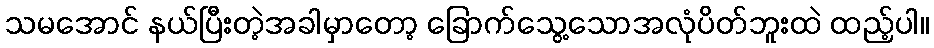
သမအောင် နယ်ပြီးတဲ့အခါမှာတော့ ခြောက်သွေ့သောအလုံပိတ်ဘူးထဲ ထည့်ပါ။